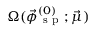
\Omega ( \vec { \phi } _ { \mathrm { ~ s ~ p ~ } } ^ { ( 0 ) } ; \vec { \mu } )